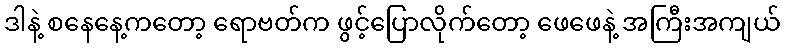
ဒါနဲ့ စနေနေ့ကတော့ ရောဗတ်က ဖွင့်ပြောလိုက်တော့ ဖေဖေနဲ့ အကြီးအကျယ်